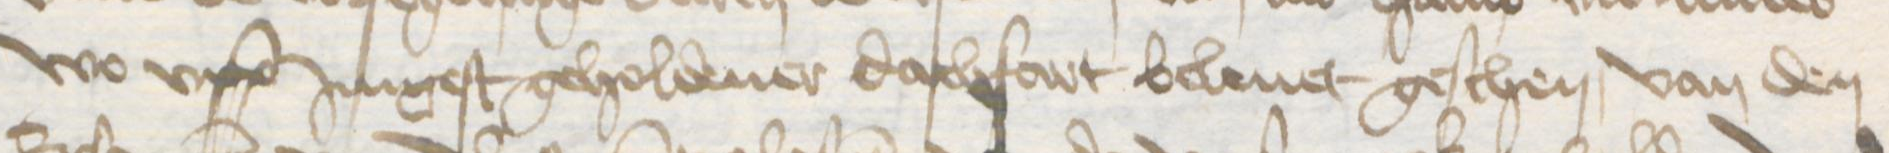
wo vpp Jungest geholdener dachfart beleuet geschen, van den